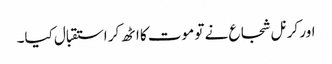
اور کرنل شجاع نے تو موت کا اٹھ کر استقبال کیا۔